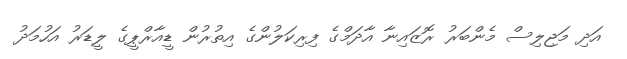
އަދި މަޖިލިސް މެންބަރު ރޮޒައިނާ އާދަމްގެ ފިރިކަލުންގެ އިތުރުން ޑީއާރްޕީގެ ލީޑަރު އަހުމަދު